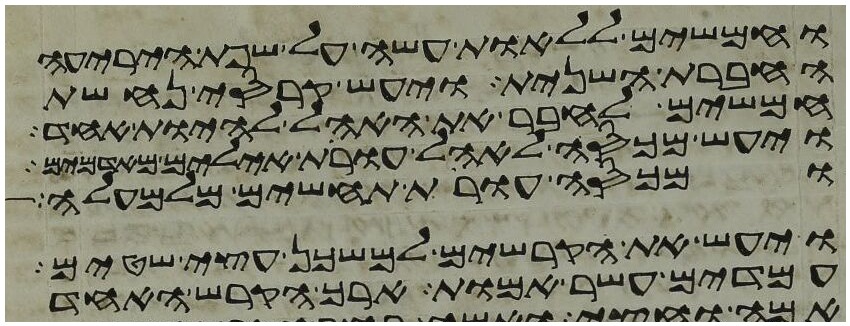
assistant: וחמשים ללאות עשה על שפת היריעה
החברת השנית ויעש קרסי נחשת
חמשים לחבר את האהל להיות אחד
ויעש מכסה לאהל עורת אילים מאדמים
ומכסה עורת תחשים מלמעלה
ויעש את הקרשים למשכן עצי שטים
עמדים עשר אמות ארך הקרש האחד